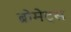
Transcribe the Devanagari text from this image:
ब्रोमेट्स